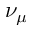
\nu _ { \mu }